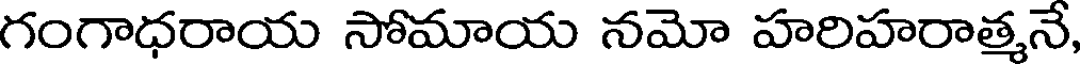
గంగాధరాయ సోమాయ నమో హరిహరాత్మనే